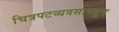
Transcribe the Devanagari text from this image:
चित्रपटव्यवसायतून